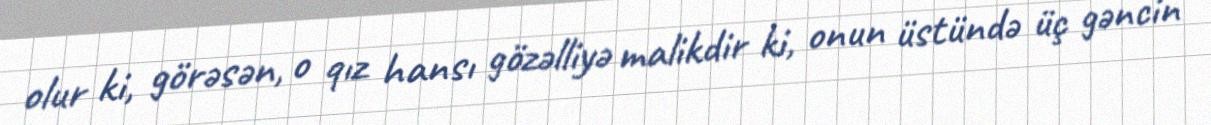
olur ki, görəsən, o qız hansı gözəlliyə malikdir ki, onun üstündə üç gəncin